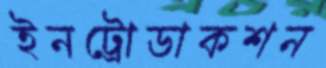
ইনট্রোডাকশন